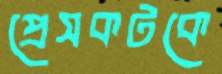
প্রেসকটকে